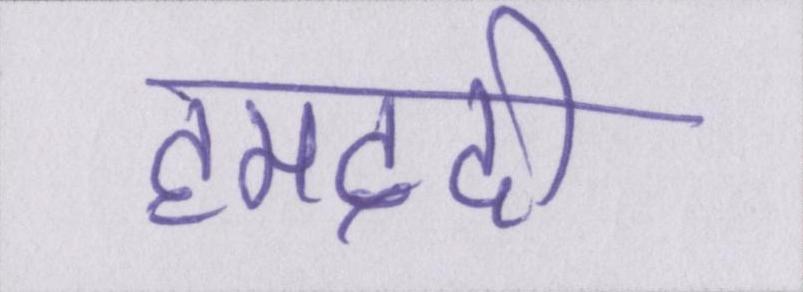
हमदर्दी